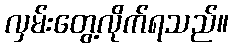
လှမ်းတွေ့လိုက်ရသည်။